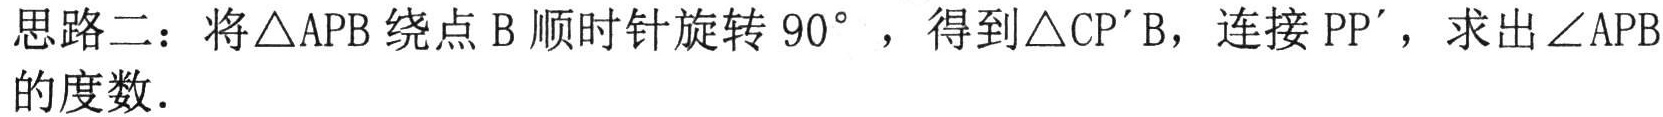
思路二：将\(\triangle APB\)绕点\(B\)顺时针旋转\(90^{\circ}\)，得到\(\triangle CP'B\)，连接\(PP'\)，求出\(\angle APB\)的度数.